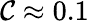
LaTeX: \mathcal{C}\approx 0.1